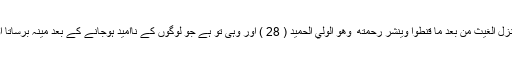
بےشک وہ اپنے بندوں کو جانتا اور دیکھتا ہےوَهُوَ الَّذِي يُنَزِّلُ الْغَيْثَ مِن بَعْدِ مَا قَنَطُوا وَيَنشُرُ رَحْمَتَهُ ۚ وَهُوَ الْوَلِيُّ الْحَمِيدُ ( 28 ) اور وہی تو ہے جو لوگوں کے ناامید ہوجانے کے بعد مینہ برساتا اور اپنی رحمت (یعنی بارش) کی برکت کو پھیلا دیتا ہے۔